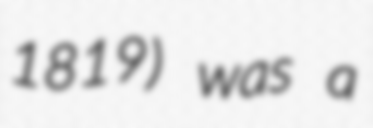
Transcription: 1819) was a